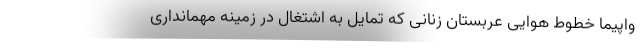
واپیما خطوط هوایی عربستان زنانی که تمایل به اشتغال در زمینه مهمانداری